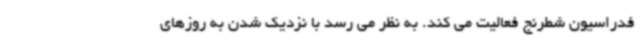
فدراسیون شطرنج فعالیت می کند. به نظر می رسد با نزدیک شدن به روزهای